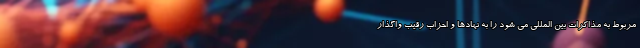
مربوط به مذاکرات بین المللی می شود را به نهادها و احزاب رقیب واگذار